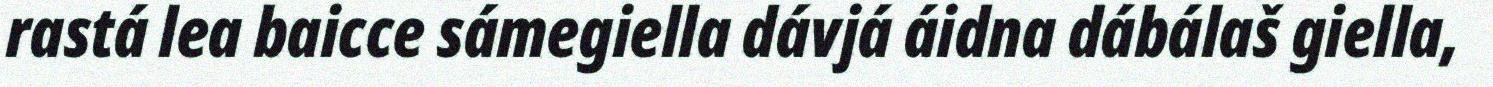
rastá lea baicce sámegiella dávjá áidna dábálaš giella,